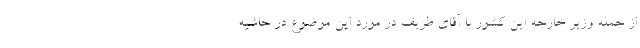
از جمله وزیر خارجه این کشور با آقای ظریف در مورد این موضوع در حاشیه